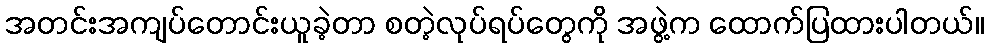
အတင်းအကျပ်တောင်းယူခဲ့တာ စတဲ့လုပ်ရပ်တွေကို အဖွဲ့က ထောက်ပြထားပါတယ်။